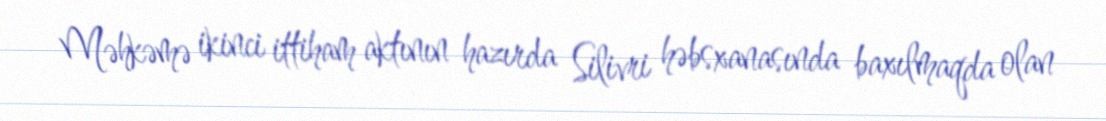
Məhkəmə ikinci ittiham aktının hazırda Silivri həbsxanasında baxılmaqda olan